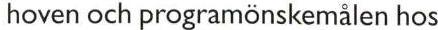
hoven och programönskemålen hos